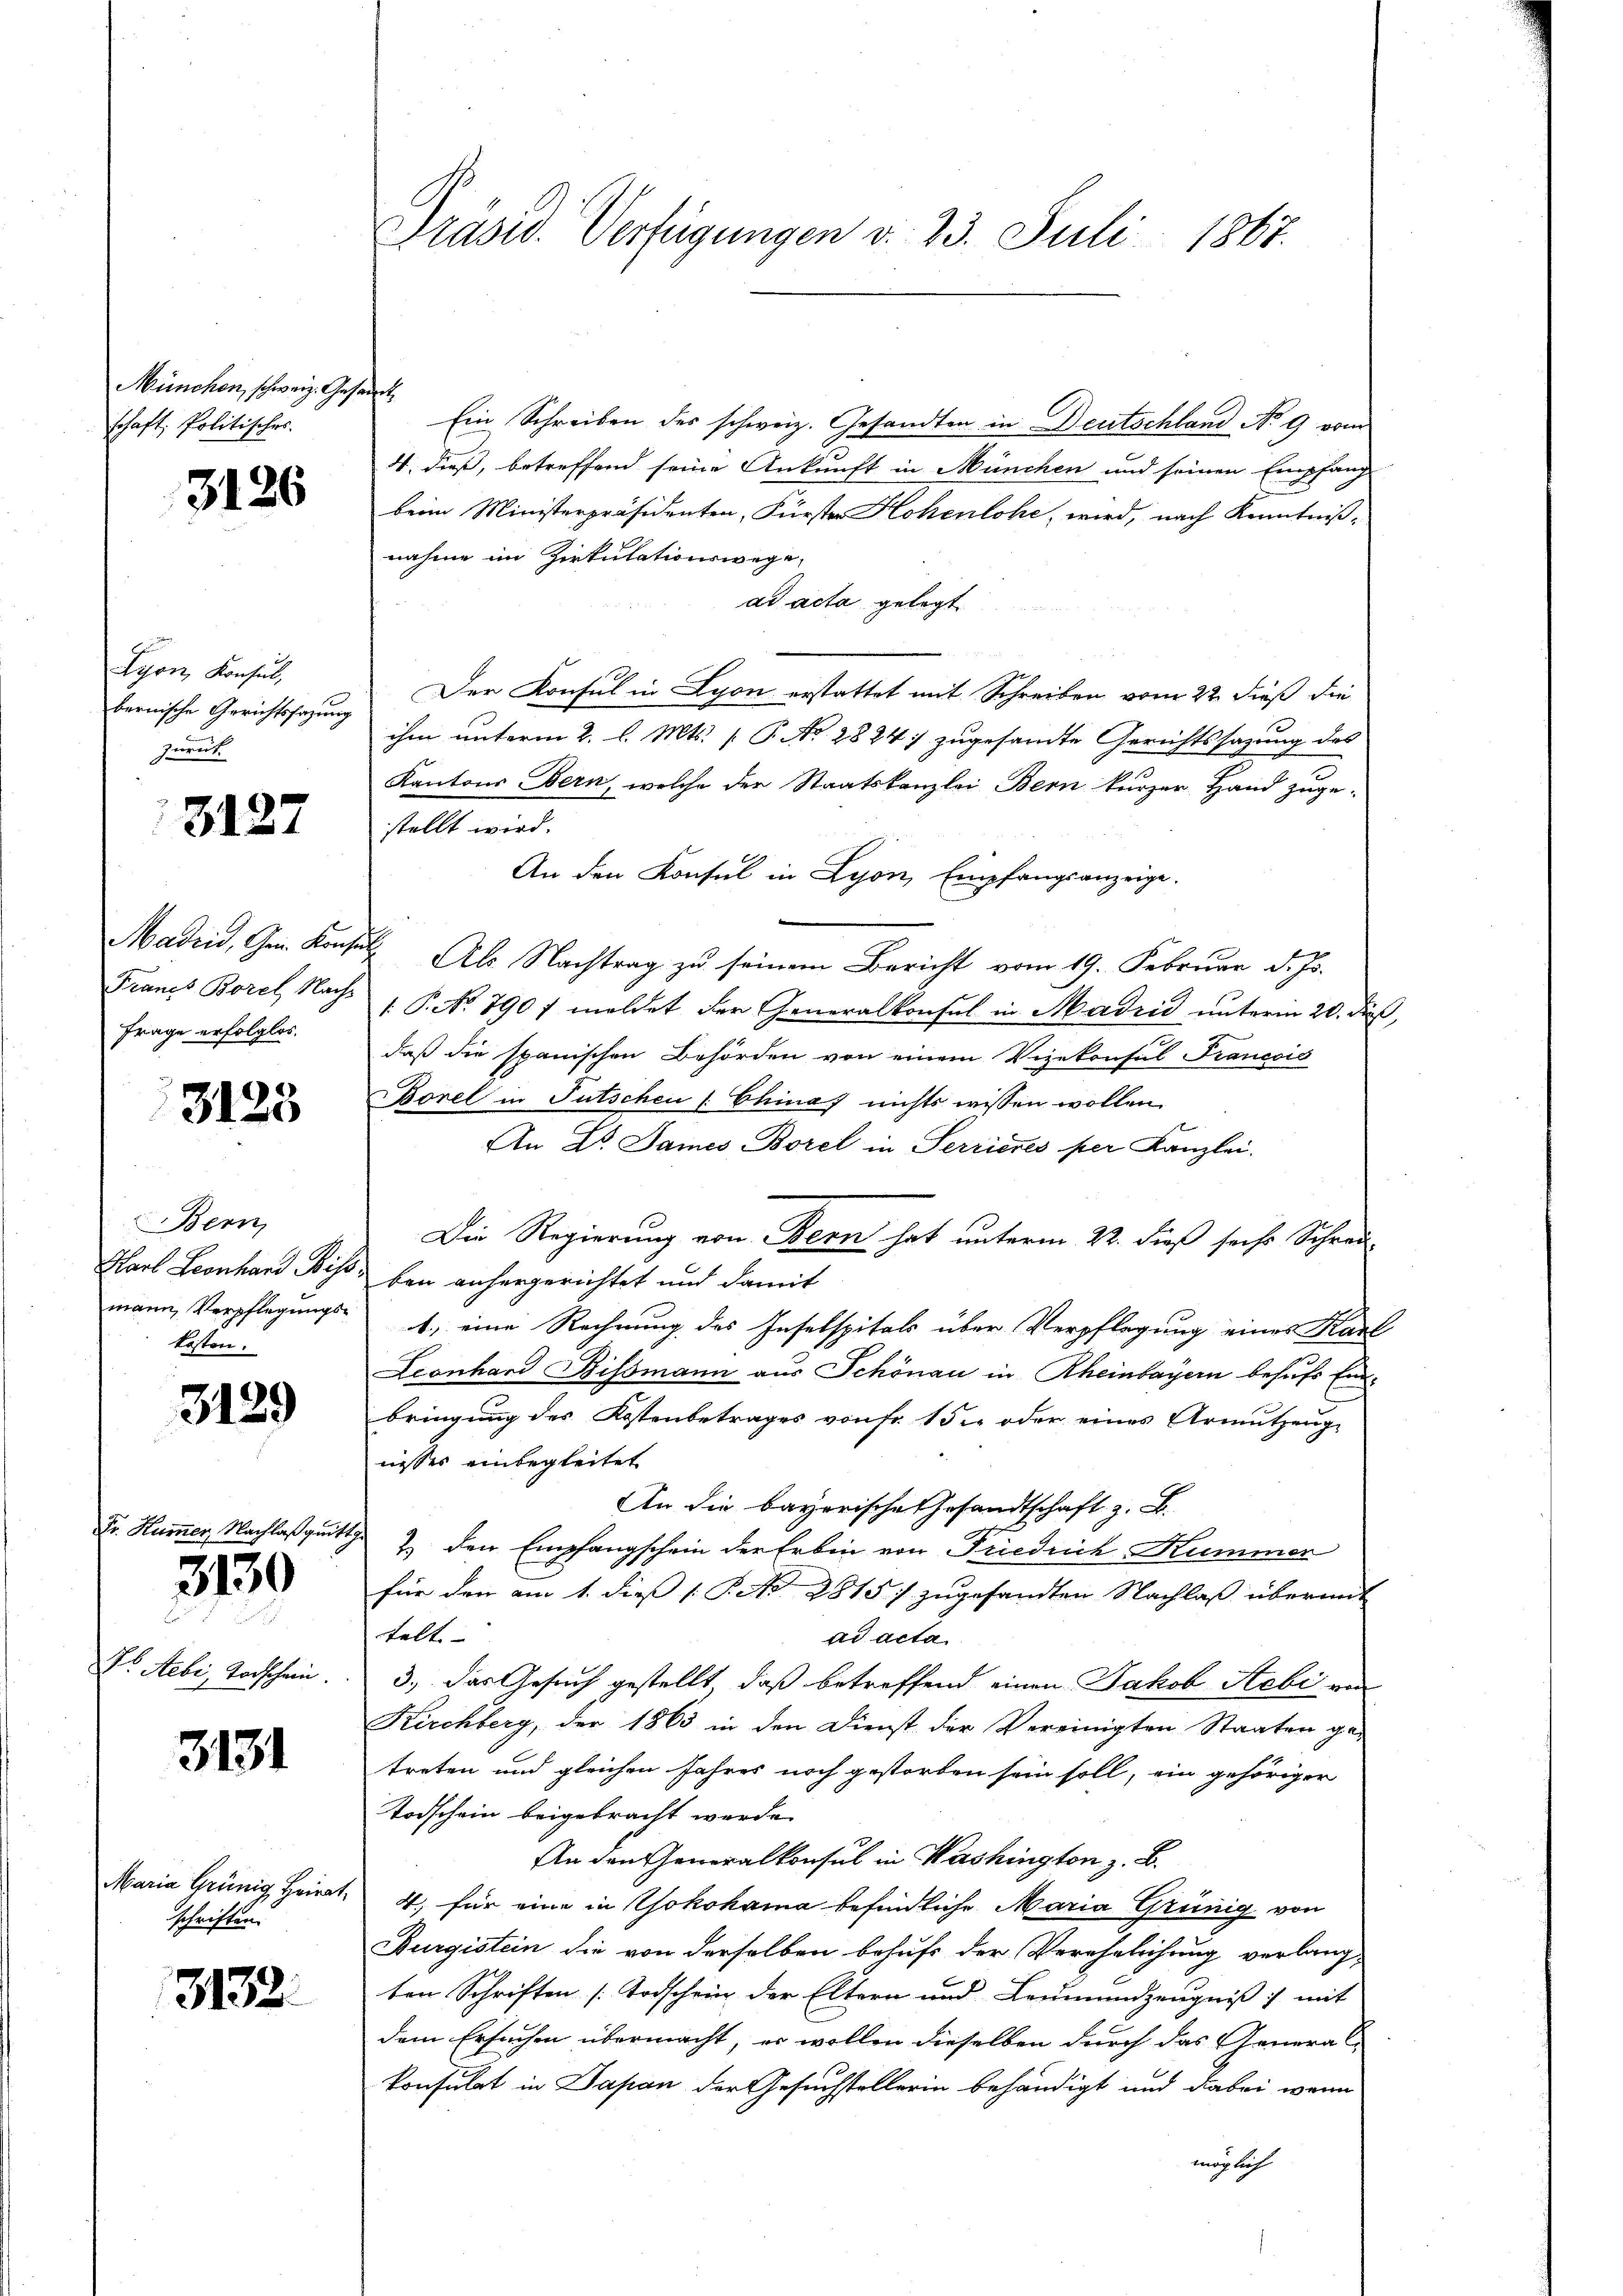
München, schweiz. Gesandte
schaft, Politisches.

3126

Lyon, Konsul,
bernische Gerichtssagung
zurück.

3127

Madrid, Gem. Konsul
Frage erfolglos.

3123

Bern,
Karl Leonhard Biss
mann, Verpflegungskosten.

3129

3130

Dr. Febr. Vorschein.

3131

Maria Grünig Heirat
schriften.

3132.

Präsid. Verfügungen d. 23. Juli 1867.

Ein Schreiben des schweiz. Gesandten in Deutschland No 9 vom
4. dieß, betreffend seine Ankunft in München und seinen Empfang
beim Ministerpräsidenten, Fürster Hohenlohe, wird, nach Kenntniß-
nahme im Zirkulationswege
ad acta gelegt
Der Konsul in Lyon erstattet mit Schreiben vom 22. dieß die
ihm unterm 2. l. Mts. [ P. No. 2824) zugesandte Gerichtssazung des
Kantons Bern, welche der Staatskanzlei Bern kurzer Hand zuge-
stellt wird.
An den Konsul in Lyon, Empfangsanzeige.
Als Nachtrag zu seinem Bericht vom 19. Februar d. Js.
Francs Borel, Nach 1. P. No. 7907 meldet der Generalkonsul in Madrid unterm 20. dieß,
daß die spanischen Behörden von einem Vizekonsul Francois
Borel in Tutschen /: China nichts wissen wollen.
An Dr. James Borel in Serrieres per Kanzlei.
Die Regierung von Bern hat unterm 22. dieß sechs Schrei-
ben anhergerichtet und damit
1) eine Rechnung des Inselspitals über Verpflegung eines Karl
Leonhard Bissmann aus Schönau in Rheinbayern behufs Endbringung des Kostenbetrages von Fr. 15. oder eines Armutzenge
nisses einbegleitet
An die bayerische Gesandtschaft z. B.
Dr. Hummer, Nachlaßquitt den Empfangschein der Erben von Friedrich Kummer
für den am 1. dieß (: P. Nr. 2815 :/ zugesandten Nachlaß übermit
telt. |
ad acta
3., das Gesuch gestellt, daß betreffend einen Jakob Aebi ve
Kirchberg, der 1863 in den Dienst der Vereinigten Staaten ge-
treten und gleichen Jahres noch gestorben sein soll, ein gehöriger
Todschein beigebracht werde.
An den Generalkonsul in Washington z. B.
4, für eine in Yokohama befindliche Maria Grünig von
Burgistein die von derselben behufs der Verehelichung verlang-
ten Schriften [Todschein der Eltern und Leumundzeugniß mit
dem Ersuchen übermacht, er wollen dieselben durch das General-
konsulat in Japan der Gesuchstellerin behändigt und dabei wenn
möglich